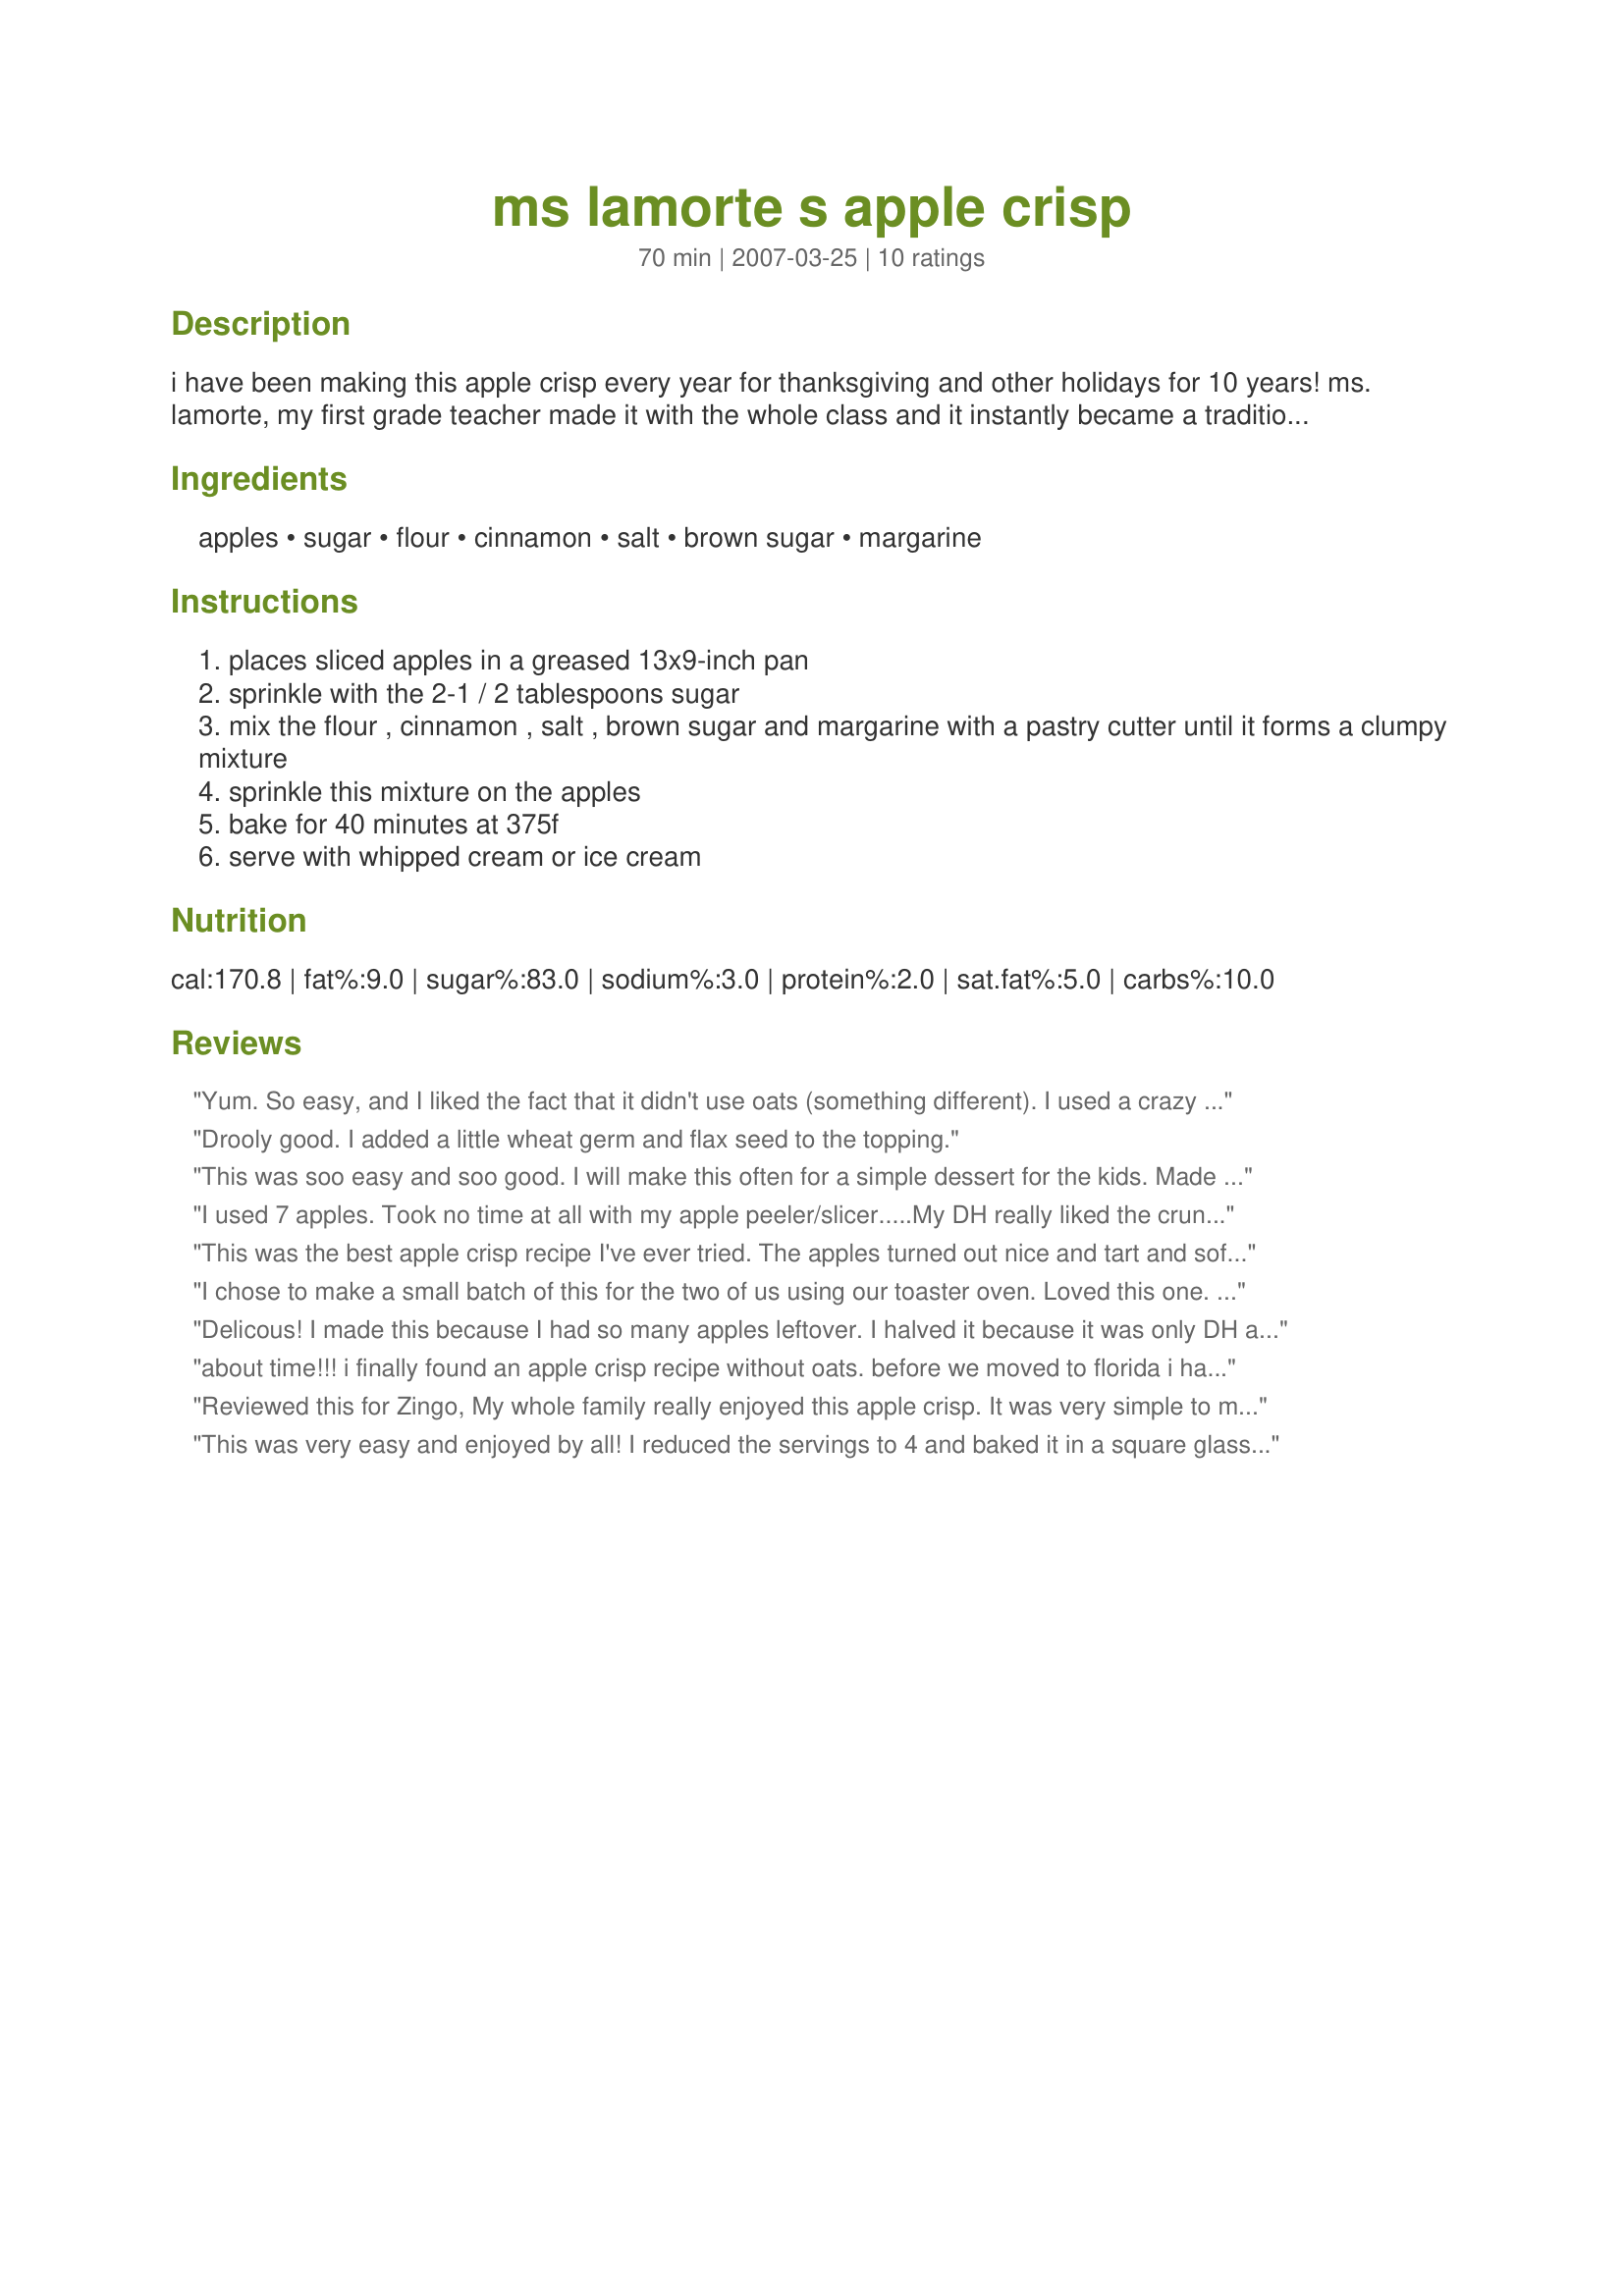
ms lamorte s apple crisp
Preparation time: 70 minutes

i have been making this apple crisp every year for thanksgiving and other holidays for 10 years! ms. lamorte, my first grade teacher made it with the whole class and it instantly became a tradition to make every year. it is very simple, but so full of flavor. we always serve it hot with vanilla ice cream.

Ingredients:
apples, sugar, flour, cinnamon, salt, brown sugar, margarine

Steps:
places sliced apples in a greased 13x9-inch pan
sprinkle with the 2-1 / 2 tablespoons sugar
mix the flour , cinnamon , salt , brown sugar and margarine with a pastry cutter until it forms a clumpy mixture
sprinkle this mixture on the apples
bake for 40 minutes at 375f
serve with whipped cream or ice cream

Reviews:
Yum. So easy, and I liked the fact that it didn't use oats (something different). I used a crazy mix of Golden Delicious, Macintosh, Red Delicious, and Fuji apples and reduced the sugar in the topping to 1/2 cup. Also added a little ginger and nutmeg.
Drooly good. I added a little wheat germ and flax seed to the topping.
This was soo easy and soo good. I will make this often for a simple dessert for the kids. Made for zingo zwt 07.
I used 7 apples. Took no time at all with my apple peeler/slicer.....My DH really liked the crunchy topping...I thought it tasted better warm with a scoop of vanilla ice cream...
This was the best apple crisp recipe I've ever tried. The apples turned out nice and tart and soft and the topping was crispy and yummy. I will be putting this in the permanent recipe box I have.
I chose to make a small batch of this for the two of us using our toaster oven. Loved this one. We chose to just eat this with a dab of whip cream. I will be making this again for putting ontop of icecream. Perfect!
Delicous! I made this because I had so many apples leftover. I halved it because it was only DH and myself. When I told my DH that I halved the recipe he told me I should have made the whole thing. I only got one piece while he ate the rest of it ;)!! I will be making this again (DH has already asked for it again). Thanks for the wonderful recipe.
about time!!! i finally found an apple crisp recipe without oats. before we moved to florida i had a recipe for apple streusel (that fell in the black hole in northern new jersey where missing socks and black jellybeans go to disappear)I never found the recipe again when we unpacked. This recipe is close, I use butter and part white and part brown sugar for the topping.
Reviewed this for Zingo, My whole family really enjoyed this apple crisp. It was very simple to make and was delicious. We ate ours warm from the oven with vanilla ice cream. Will make again soon. Thanks.
This was very easy and enjoyed by all! I reduced the servings to 4 and baked it in a square glass pan. I topped each serving with hand churned creamy vanilla ice cream.... Oh yes! This was a winner! Thanks! *Zaar World Tour 3*
